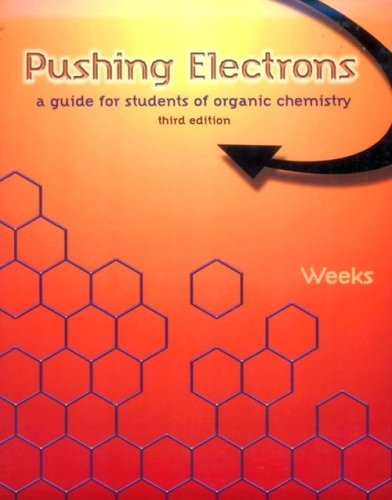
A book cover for Pushing Electrons: A Guide for Students of Organic Chemistry; Daniel P. Weeks; Science & Math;